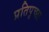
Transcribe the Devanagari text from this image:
प्रतिपृच्छा